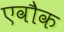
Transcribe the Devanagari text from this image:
एवौक